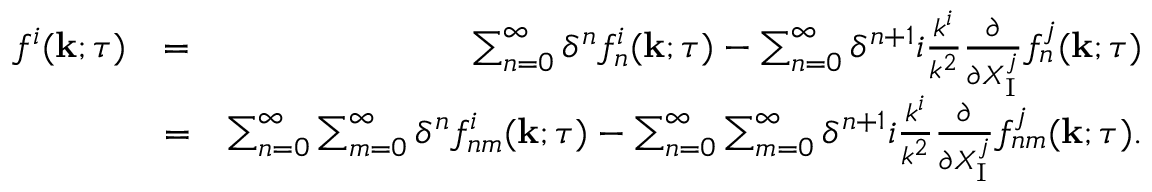
\begin{array} { r l r } { f ^ { i } ( { \bf { k } } ; \tau ) } & { = } & { \sum _ { n = 0 } ^ { \infty } \delta ^ { n } f _ { n } ^ { i } ( { \bf { k } } ; \tau ) - \sum _ { n = 0 } ^ { \infty } \delta ^ { n + 1 } i \frac { k ^ { i } } { k ^ { 2 } } \frac { \partial } { \partial X _ { \mathrm { { I } } } ^ { j } } f _ { n } ^ { j } ( { \bf { k } } ; \tau ) } \\ & { = } & { \sum _ { n = 0 } ^ { \infty } \sum _ { m = 0 } ^ { \infty } \delta ^ { n } f _ { n m } ^ { i } ( { \bf { k } } ; \tau ) - \sum _ { n = 0 } ^ { \infty } \sum _ { m = 0 } ^ { \infty } \delta ^ { n + 1 } i \frac { k ^ { i } } { k ^ { 2 } } \frac { \partial } { \partial X _ { \mathrm { I } } ^ { j } } f _ { n m } ^ { j } ( { \bf { k } } ; \tau ) . } \end{array}